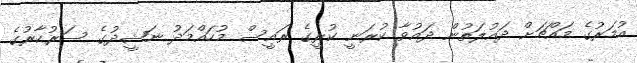
އުމަރުގެ މައްޗަށް ދައުލަތުން ދައުވާ ކުރަނީ ކުރީގެ ރައީސް މުހައްމަދު ނަޝީދުގެ ސަރުކާރުގެ